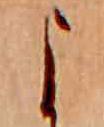
よ